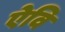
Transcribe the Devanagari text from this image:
ऐवि